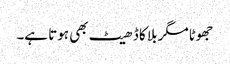
جھوٹا مگر بلا کا ڈھیٹ بھی ہوتا ہے۔